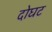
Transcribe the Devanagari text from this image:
दोघट